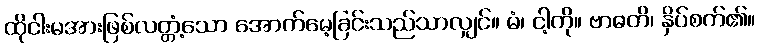
ထိုငါးမအားဖြစ်လတ္တံ့သော အောက်မေ့ခြင်းသည်သာလျှင်။ မံ၊ ငါ့ကို။ ဗာဓတိ၊ နှိပ်စက်၏။